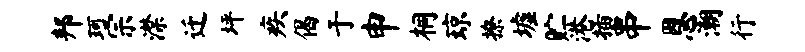
邦珂宗潸迁坪疾偈于申桐琼撩墟贮港插串恩潮行